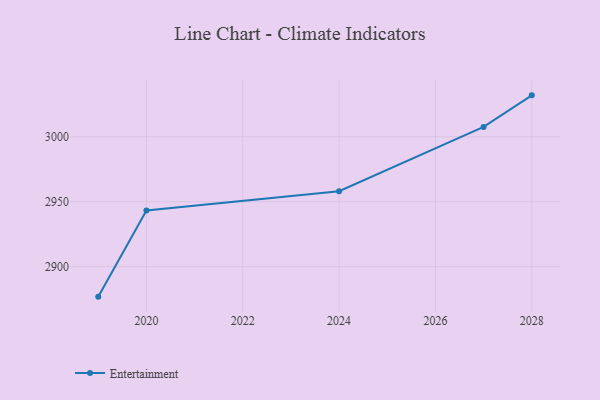
{"axis": {"x": "Year", "y": "Energy Usage (MWh)"}, "legend": ["Entertainment"], "data": [{"x": "2019", "y": 2876.9, "type": "Entertainment"}, {"x": "2020", "y": 2943.2, "type": "Entertainment"}, {"x": "2024", "y": 2958.1, "type": "Entertainment"}, {"x": "2027", "y": 3007.6, "type": "Entertainment"}, {"x": "2028", "y": 3031.9, "type": "Entertainment"}]}